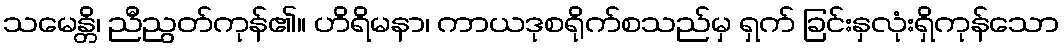
သမေန္တိ၊ ညီညွတ်ကုန်၏။ ဟိရိမနာ၊ ကာယဒုစရိုက်စသည်မှ ရှက် ခြင်းနှလုံးရှိကုန်သော